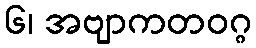
၆၊ အဗျာကတဝဂ္ဂ